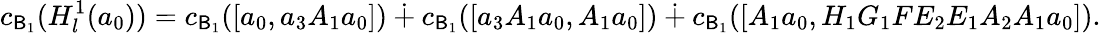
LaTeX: c_{\mathsf{B}_{1}}(H_{l}^{1}(a_{0}))=c_{\mathsf{B}_{1}}([a_{0},a_{3}A_{1}a_{0}])\dotplus c_{\mathsf{B}_{1}}([a_{3}A_{1}a_{0},A_{1}a_{0}])\dotplus c_{\mathsf{B}_{1}}([A_{1}a_{0},H_{1}G_{1}FE_{2}E_{1}A_{2}A_{1}a_{0}]).